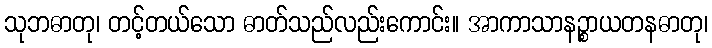
သုဘဓာတု၊ တင့်တယ်သော ဓာတ်သည်လည်းကောင်း။ အာကာသာနဉ္စာယတနဓာတု၊